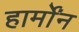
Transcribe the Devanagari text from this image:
हार्मोंन